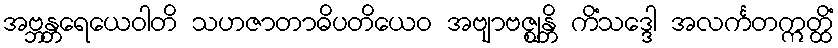
အဗ္ဘန္တရေယေဝါတိ သဟဇာတာဓိပတိယေဝ အဗျာဗဇ္ဈန္တိ ကိံသဒ္ဒေါ အလင်္ကတဣတ္ထိံ